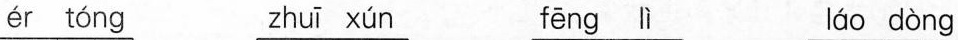
ér tóng zhuī xún fēng lì láo dòng